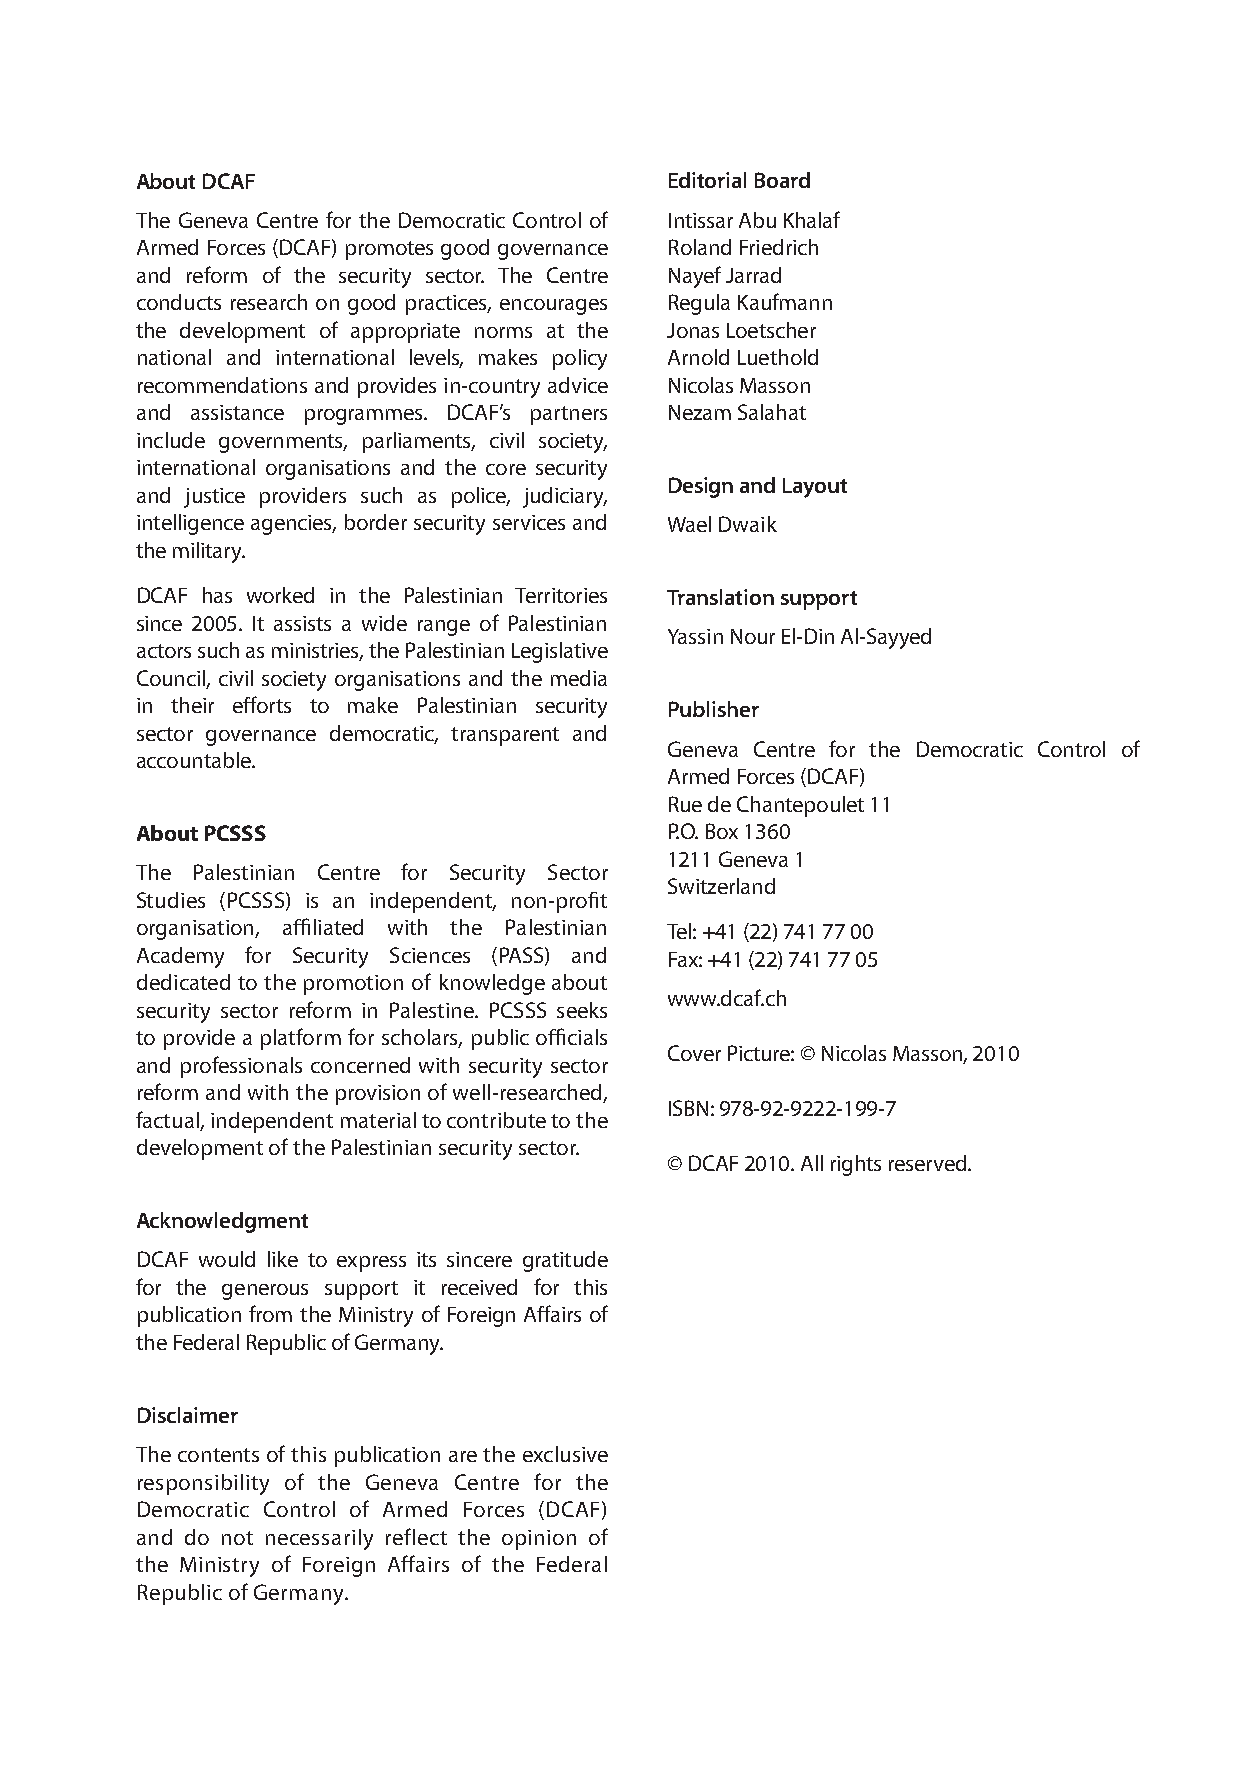
About DCAF                         Editorial Board
 The Geneva Centre for the Democratic Control of Intissar Abu Khalaf
 Armed Forces (DCAF) promotes good governance Roland Friedrich
 and reform of the security sector. The Centre Nayef Jarrad
 conducts research on good practices, encourages Regula Kaufmann
 the development of appropriate norms at the Jonas Loetscher
 national and international levels, makes policy Arnold Luethold
 recommendations and provides in-country advice Nicolas Masson
 and assistance programmes. DCAF’s partners Nezam Salahat
 include governments, parliaments, civil society,
 international organisations and the core security
 Design and Layout
 and justice providers such as police, judiciary,
 intelligence agencies, border security services and Wael Dwaik
 the military.
 DCAF has worked in the Palestinian Territories Translation support
 since 2005. It assists a wide range of Palestinian
 Yassin Nour El-Din Al-Sayyed
 actors such as ministries, the Palestinian Legislative
 Council, civil society organisations and the media
 in their efforts to make Palestinian security Publisher
 sector governance democratic, transparent and
 Geneva Centre for the Democratic Control of
 accountable.
 Armed Forces (DCAF)
 Rue de Chantepoulet 11
 About PCSSS                        P.O. Box 1360
 1211 Geneva 1
 The Palestinian Centre for Security Sector
 Switzerland
 Studies (PCSSS) is an independent, non-profit
 organisation, affiliated with the Palestinian Tel: +41 (22) 741 77 00
 Academy for Security Sciences (PASS) and Fax: +41 (22) 741 77 05
 dedicated to the promotion of knowledge about
 www.dcaf.ch
 security sector reform in Palestine. PCSSS seeks
 to provide a platform for scholars, public officials
 Cover Picture: © Nicolas Masson, 2010
 and professionals concerned with security sector
 reform and with the provision of well-researched,
 ISBN: 978-92-9222-199-7
 factual, independent material to contribute to the
 development of the Palestinian security sector.
 © DCAF 2010. All rights reserved.
 Acknowledgment
 DCAF would like to express its sincere gratitude
 for the generous support it received for this
 publication from the Ministry of Foreign Affairs of
 the Federal Republic of Germany.
 Disclaimer
 The contents of this publication are the exclusive
 responsibility of the Geneva Centre for the
 Democratic Control of Armed Forces (DCAF)
 and do not necessarily reflect the opinion of
 the Ministry of Foreign Affairs of the Federal
 Republic of Germany.